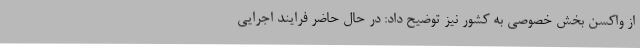
از واکسن بخش خصوصی به کشور نیز توضیح داد: در حال حاضر فرایند اجرایی